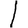
Digit: 1